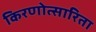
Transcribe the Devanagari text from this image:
किरणोत्सारिता